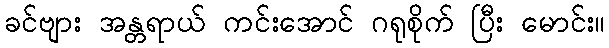
ခင်ဗျား အန္တရာယ် ကင်းအောင် ဂရုစိုက် ပြီး မောင်း။